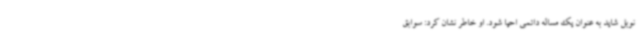
نوبل شاید به عنوان یک مساله دائمی احیا شود. او خاطر نشان کرد: سوابق